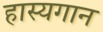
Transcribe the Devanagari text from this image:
हास्यगान